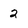
Character: 2